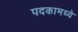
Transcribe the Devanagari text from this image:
पदकामध्ये